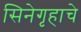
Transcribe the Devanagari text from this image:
सिनेगृहाचे